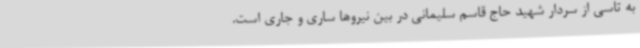
به تاسی از سردار شهید حاج قاسم سلیمانی در بین نیروها ساری و جاری است.